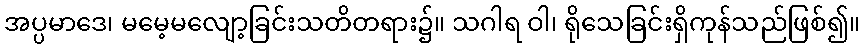
အပ္ပမာဒေ၊ မမေ့မလျော့ခြင်းသတိတရား၌။ သဂါရ ဝါ၊ ရိုသေခြင်းရှိကုန်သည်ဖြစ်၍။